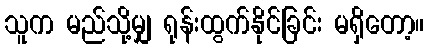
သူက မည်သို့မျှ ရုန်းထွက်နိုင်ခြင်း မရှိတော့။